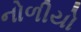
નોળીયો